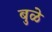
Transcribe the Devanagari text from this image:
बुळे